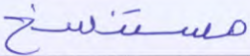
مستنسخ